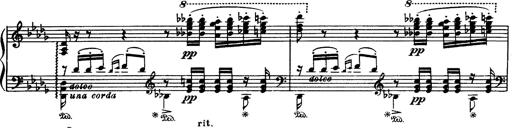
Title: Paraphrase de concert sur Rigoletto
Composer: Franz Liszt